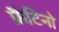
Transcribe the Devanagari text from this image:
फ्रैटिनो